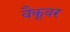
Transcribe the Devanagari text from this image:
वैकूवर